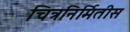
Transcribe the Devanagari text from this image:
चित्रनिर्मितीस